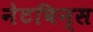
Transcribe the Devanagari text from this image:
नेटबिन्स